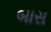
બાસ